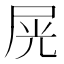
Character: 𡱘